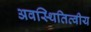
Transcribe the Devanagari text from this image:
अवस्थितित्वीय